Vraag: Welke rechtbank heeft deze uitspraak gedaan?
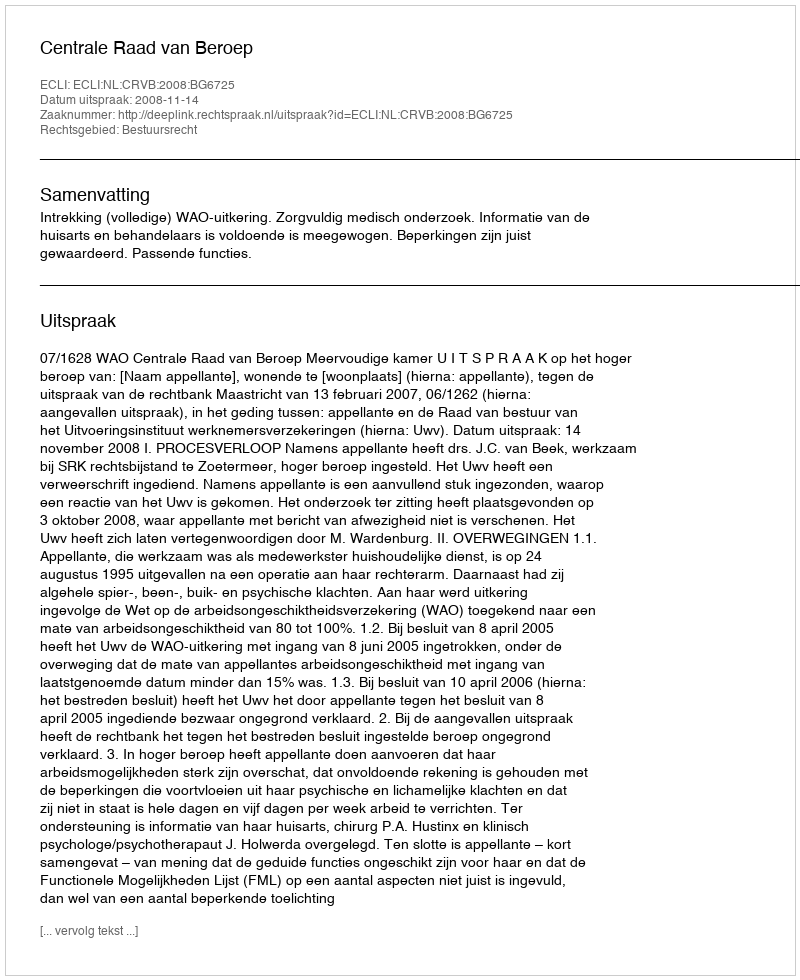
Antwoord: Centrale Raad van Beroep